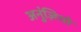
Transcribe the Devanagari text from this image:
अनुंज़ियो